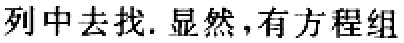
列中去找. 显然,有方程组